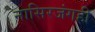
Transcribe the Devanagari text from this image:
नासिरजंगही